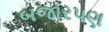
બજારપણ